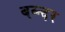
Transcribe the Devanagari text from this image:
बव्न्दर